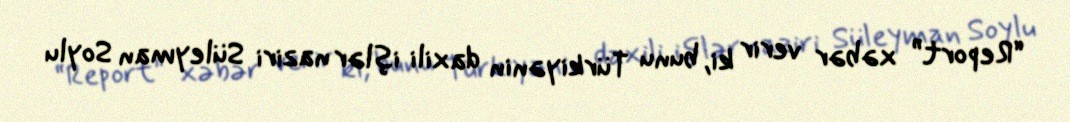
“Report” xəbər verir ki, bunu Türkiyənin daxili işlər naziri Süleyman Soylu